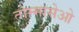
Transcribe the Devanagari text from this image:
तोम्मासेओ